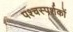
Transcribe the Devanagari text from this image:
पश्चस्पर्शकों